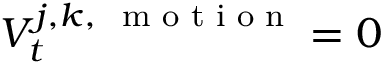
V _ { t } ^ { j , k , { \mathrm { ~ \scriptsize ~ m ~ o ~ t ~ i ~ o ~ n ~ } } } = 0